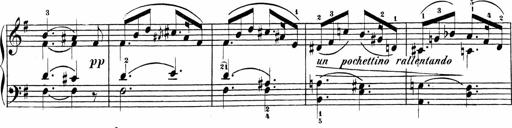
Title: Sonatinas
Composer: Andrew Violette